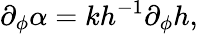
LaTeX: \partial_{\phi}\alpha=kh^{-1}\partial_{\phi}h,